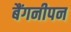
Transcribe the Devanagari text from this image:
बैंगनीपन